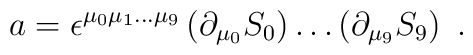
a = \epsilon^{\mu_0 \mu_1 \dots \mu_9} \left( \partial_{\mu_0} S_0 \right)\dots \left( \partial_{\mu_9} S_{9} \right) \ .